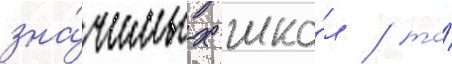
зна́чимых шко́л / то́